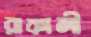
রাকালী